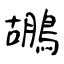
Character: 鶘